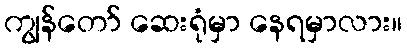
ကျွန်တော် ဆေးရုံမှာ နေရမှာလား။